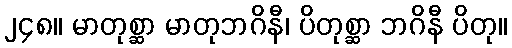
၂၄၈။ မာတုစ္ဆာ မာတုဘဂိနီ၊ ပိတုစ္ဆာ ဘဂိနီ ပိတု။